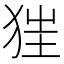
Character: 𤝵